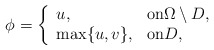
\begin{align*} \phi=\left\{ \begin{array}{ll}u, &{\rm on}\Omega \setminus D,\\ \max\{u, v\}, &{\rm on} D,\end{array}\right. \end{align*}